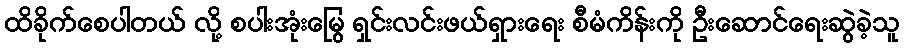
ထိခိုက်စေပါတယ် လို့ စပါးအုံးမြွေ ရှင်းလင်းဖယ်ရှားရေး စီမံကိန်းကို ဦးဆောင်ရေးဆွဲခဲ့သူ